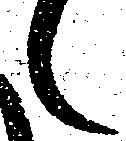
之